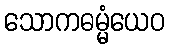
သောကဓမ္မံယေဝ